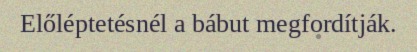
Előléptetésnél a bábut megfordítják.